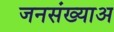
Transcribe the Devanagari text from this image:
जनसंख्याअ